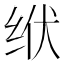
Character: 𫄢